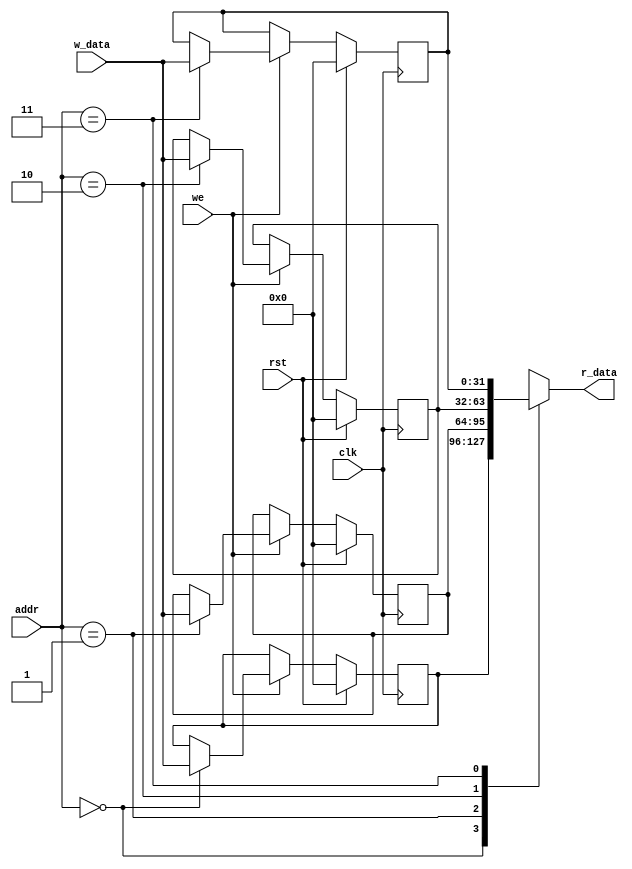
module iob_regfile_sp
  #(
    parameter ADDR_W = 2,
    parameter DATA_W = 32
    )
   (
    input               clk,
    input               rst,

    input               we,
    input [ADDR_W-1:0]  addr,
    input [DATA_W-1:0]  w_data,
    output [DATA_W-1:0] r_data
    );

   reg [DATA_W-1:0]     reg_file [2**ADDR_W-1:0];

   //read
   assign r_data = reg_file[addr];

   //write
   genvar               i;
   generate
      for (i=0; i < 2**ADDR_W; i=i+1) begin: register_file
         always @(posedge clk)
           if (rst)
             reg_file[i] <= {DATA_W{1'b0}};
           else if (we)
             if (addr == i)
               reg_file[i] <= w_data;
        end
   endgenerate

endmodule